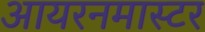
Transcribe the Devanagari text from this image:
आयरनमास्टर